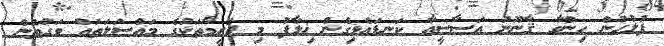
ފުލުހުން ހިންގާ ޤާނޫނު އަސާސީއާ ކަނޑައެޅިގެން ޚިލާފު މި ޖަރީމާތަކުގެ މައްސަލަތައް ވަގުތުން